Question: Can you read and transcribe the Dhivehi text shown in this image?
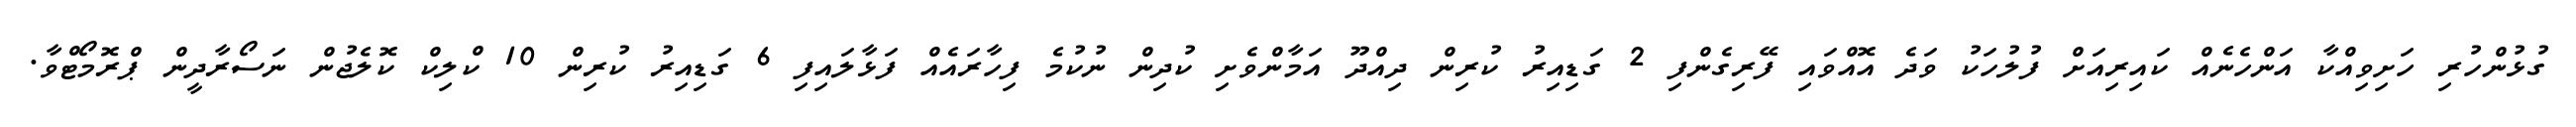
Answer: ގުޅުންހުރި ހަށިވިއްކާ އަންހެނެއް ކައިރިއަށް ފުލުހަކު ވަދެ އޮއްވައި ފޭރިގެންފި 2 ގަޑިއިރު ކުރިން ދިއްދޫ އަމާންވެށި ކުދިން ނުކުމެ ފިހާރައެއް ފަޅާލައިފި 6 ގަޑިއިރު ކުރިން 10 ކްލިކް ކޮލެޖުން ނަސޯރާދީން ޕްރޮމޯޓްވާ.